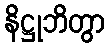
နိဋ္ဌုဘိတွာ